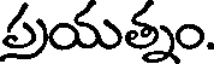
పుయత్నం.